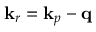
\mathbf k _ { r } = \mathbf k _ { p } - \mathbf q